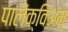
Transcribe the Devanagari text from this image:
पालेंक्विअम्‌